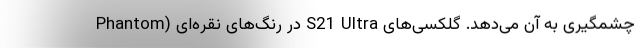
چشمگیری به آن می‌دهد. گلکسی‌های S21 Ultra در رنگ‌های نقره‌ای (Phantom